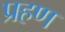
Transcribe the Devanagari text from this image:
प्रहण